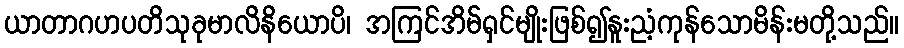
ယာတာဂဟပတိသုခုမာလိနိယောပိ၊ အကြင်အိမ်ရှင်မျိုးဖြစ်၍နူးညံ့ကုန်သောမိန်းမတို့သည်။